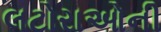
લટોરાઓની